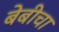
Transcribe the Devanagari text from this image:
बेबीचा